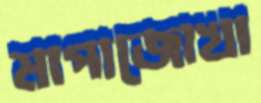
মাপাজোখা